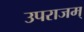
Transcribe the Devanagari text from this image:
उपराजम्